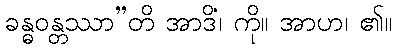
ခန္ဓဝန္တဿာ”တိ အာဒိံ၊ ကို။ အာဟ၊ ၏။